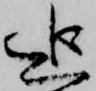
追